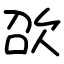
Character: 欩